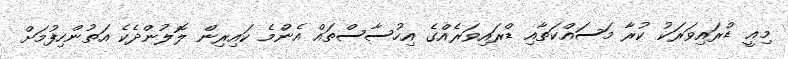
މިއީ ޑްރައިވަރަކު ކުރާ މަަސައްކަތާއި ޑްރައިވަރެއްގެ އިހުސާސްތައް އެންމެ ކައިރިން ލޮލުންދެކެ އަތުންހިފުމަށް